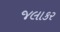
જલાકર